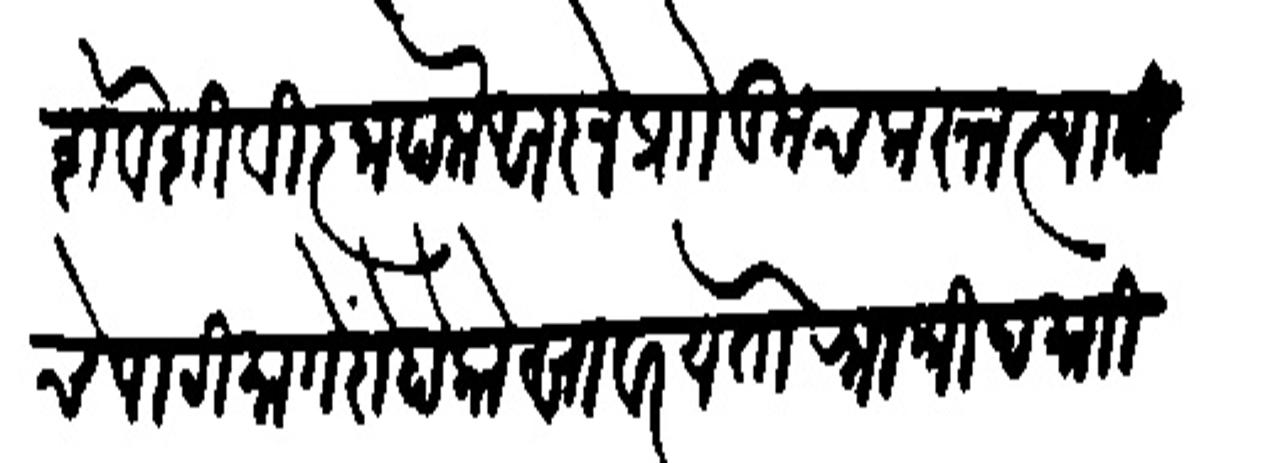
Transliteration (Devanagari): शेवेशी विज्ञापना आजे प्रोो कूच करन स्वामीचे पाटीमागें दोहो कोसावर पेतो राजश्री दमाजी